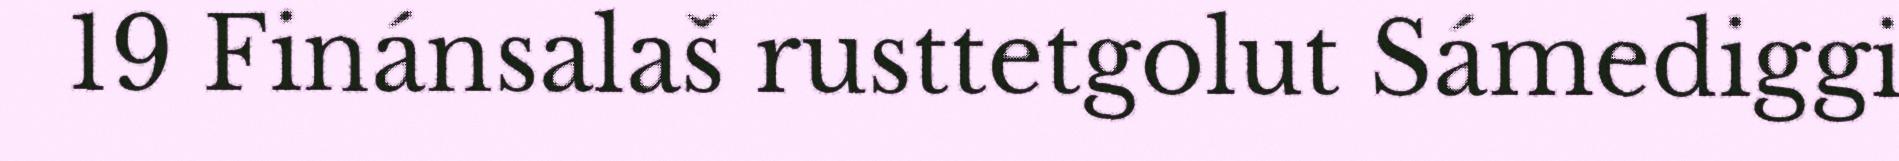
19 Finánsalaš rusttetgolut Sámediggi